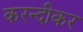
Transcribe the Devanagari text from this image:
करन्दीकर